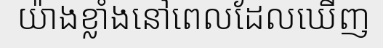
យ៉ាងខ្លាំងនៅពេលដែលឃើញ